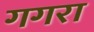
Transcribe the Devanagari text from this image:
गगरा